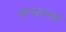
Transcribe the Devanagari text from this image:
वल्साल्वा